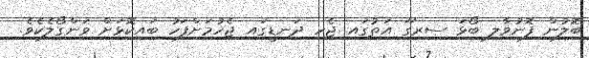
ބޮލުން ފޮނުވާލި ބޯޅަ ސިރިގޫ އަތުގައި ޖެހި ދަނޑީގައި ޖެހުމަށްފަހު ބައިކޮޅަށް ވަންގޯލެކެވެ.